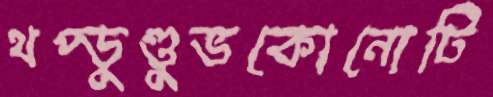
থপ্‌ডুণ্ডুভকোনোটি